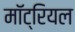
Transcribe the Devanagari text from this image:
मॉट्रियल